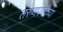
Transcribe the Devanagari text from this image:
तरुणपणीच्या